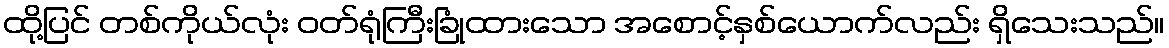
ထို့ပြင် တစ်ကိုယ်လုံး ဝတ်ရုံကြီးခြုံထားသော အစောင့်နှစ်ယောက်လည်း ရှိသေးသည်။